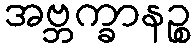
အဗ္ဘက္ခာနဉ္စ